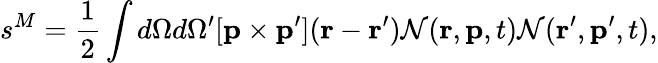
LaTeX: s^{M}={\frac{1}{2}}\int d\Omega d\Omega^{\prime}[{\mathbf p}\times{\mathbf p}^{\prime}]({\mathbf r}-{\mathbf r}^{\prime}){\cal N}({\mathbf r},{\mathbf p},t){\cal N}({\mathbf r}^{\prime},{\mathbf p}^{\prime},t),